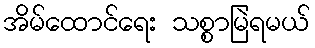
အိမ်ထောင်ရေး သစ္စာမြဲရမယ်